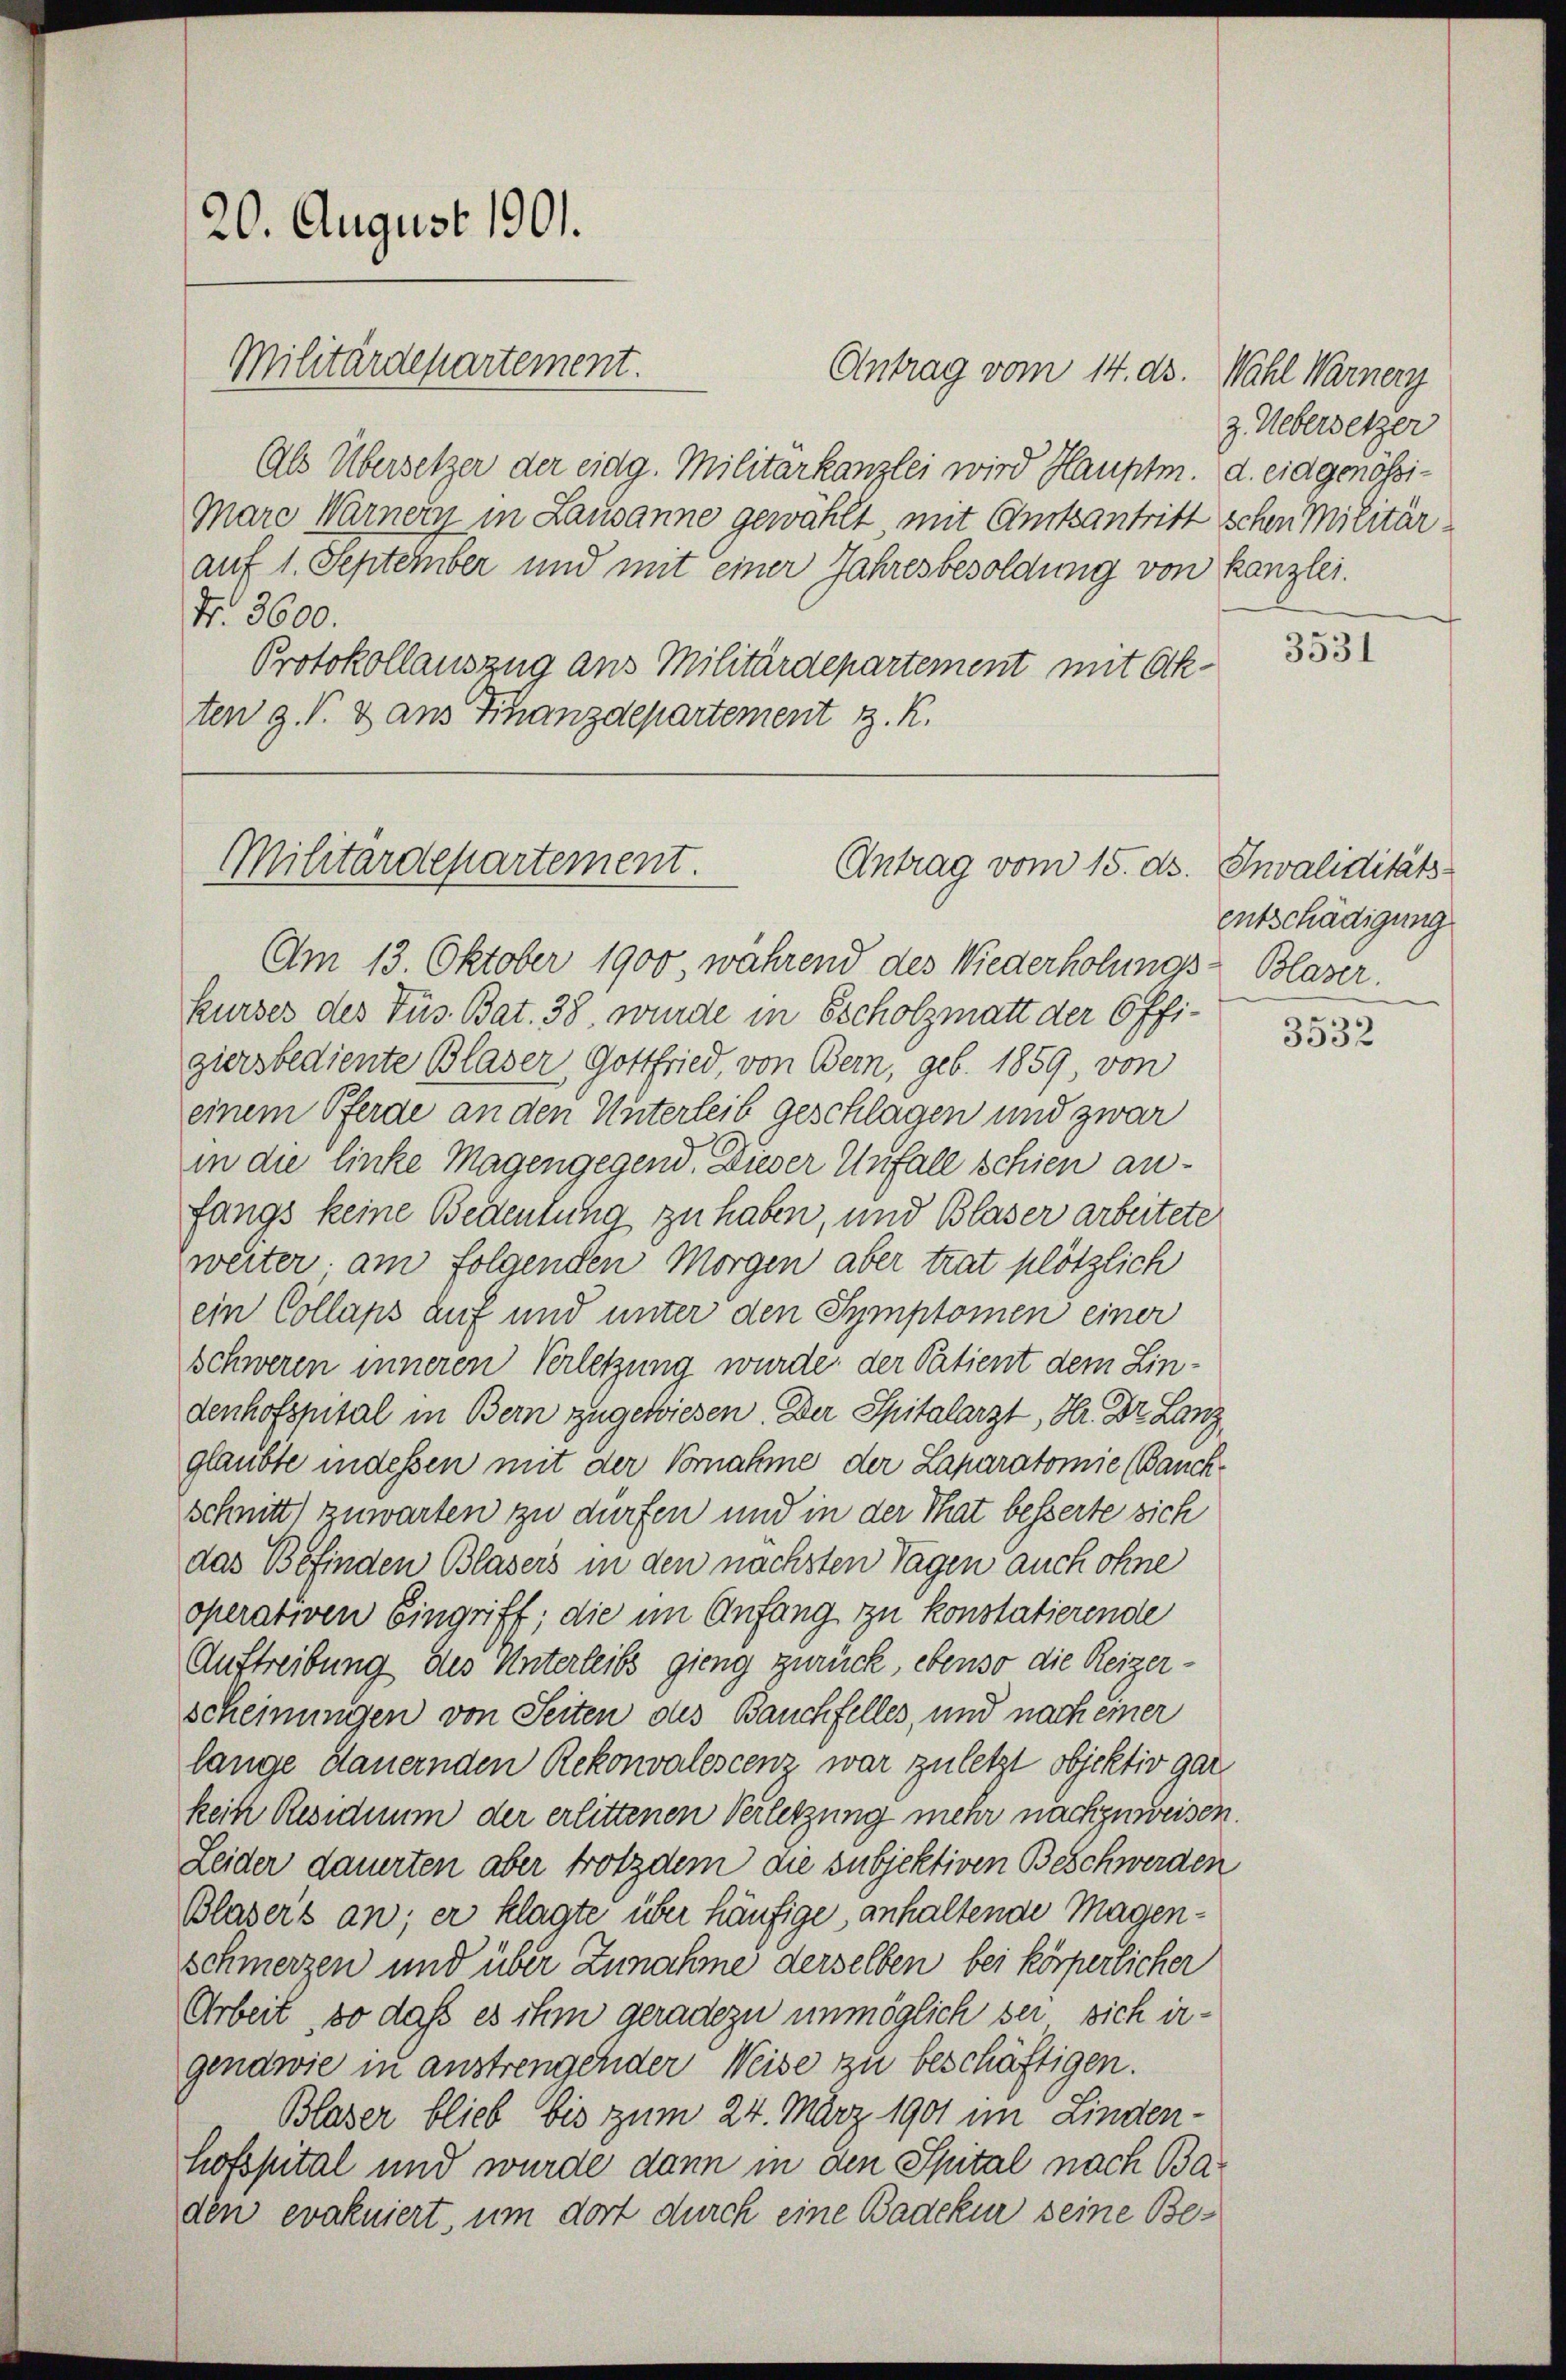
20. August 1901.
Militärdepartement.

Antrag vom 14. ds. Wahl Warnery
Als Übersetzer der eidg. Militärkanzlei wird Hauptm. d. eidgenössi¬
Mare Warner in Lausanne gewählt, mit Amtsantritt schen Militärauf 1. September und mit einer Jahresbesoldung von Kanzlei.
Nr. 3600.
Protokollauszug aus Militärdepartement mit Ok-
ten g. T. & aus Finanzdepartement z. K.

Militärdepartement.
Antrag vom 15. ds. Invaliditäts

Am 13. Oktober 1900, während des Wiederholungskurses des Füs. Bat. 38, wurde in Escholzmatt der 6 Pfigiersbediente Blaser, Gottfried, von Bern, geb. 1859, von
einem Pferde an den Unterleib geschlagen und zwar
in die linke Magengegend. Dieser Unfall schien anfangs keine Bedeutung zu haben, und Blaser arbeitete
weiter am folgenden Morgen aber trat plötzlich
ein Collaps auf und unter den Symptomen einer
schweren inneren Verletzung wurde der Patient dem Lindenhofspital in Bern zugewiesen. Der Spitalarzt, Hr. Dr. Lanz
glaubte indessen mit der Vornahme der Laparatomie (Banckschnitt zuwarten zu dürfen und in der That besserte sich
das Befinden Blasers in den nächsten Tagen auch ohne
operativen Eingriff; die im Anfang zu konstatierende
Auftreibung des Unterleibs gieng zurück, ebenso die Reizerscheinungen von Seiten des Bauchfelles, und nach einer
lange Stauernden Rekonvalescenz war zuletzt objektiv gar
kein Residuum der erlittenen Verletzung mehr nachzuweisen.
Leider dauerten aber trotzdem die subjektiven Beschwerden
Blasers an; er klagte über häufige anhaltende Magenschmerzen und über Zunahme derselben bei körperlicher
Arbeit, so daß es ihm geradezu unmöglich bei sich irgendwie in anstrengender Weise zu beschäftigen.
Blaser blieb bis zum 24. März 1901 im Linden-
hofspital und wurde dann in den Spital nach Baden evakuiert, um dort durch eine Badeker seine Be¬

z. Uebersetzer

3531

entschädigung
Blaser.

3532